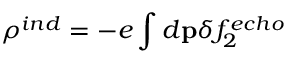
\rho ^ { i n d } = - e \int d { \bf p } \delta f _ { 2 } ^ { e c h o }